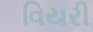
વિયરી